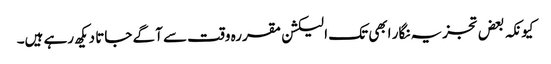
کیونکہ بعض تجزیہ نگار ابھی تک الیکشن مقررہ وقت سے آگے جاتا دیکھ رہے ہیں۔